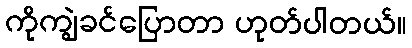
ကိုကျွဲခင်ပြောတာ ဟုတ်ပါတယ်။